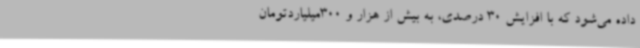
داده می‌شود که با افزایش 30 درصدی، به بیش از هزار و 300میلیاردتومان